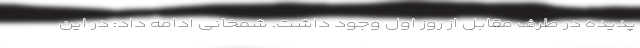
پدیده در طرف مقابل از روز اول وجود داشت. شمخانی ادامه داد: در این